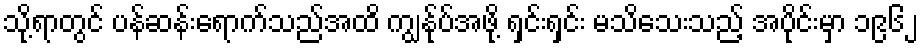
သို့ရာတွင် ပန်ဆန်းရောက်သည်အထိ ကျွန်ုပ်အဖို့ ရှင်းရှင်း မသိသေးသည့် အပိုင်းမှာ ၁၉၆၂